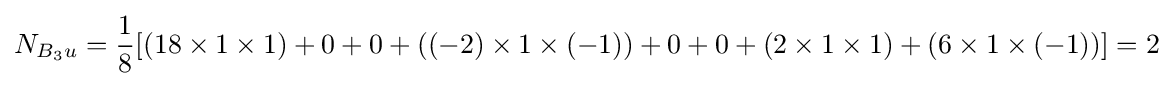
N_{B_{3}u}={\frac {1}{8}}[(18\times 1\times 1)+0+0+((-2)\times 1\times (-1))+0+0+(2\times 1\times 1)+(6\times 1\times (-1))]=2